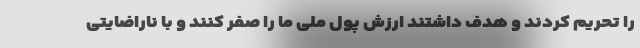
را تحریم کردند و هدف داشتند ارزش پول ملی ما را صفر کنند و با ناراضایتی